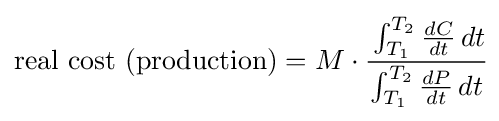
{\text{real cost (production)}}=M\cdot {\cfrac {\int _{T_{1}}^{T_{2}}{\frac {dC}{dt}}\,dt}{\int _{T_{1}}^{T_{2}}{\frac {dP}{dt}}\,dt}}